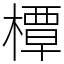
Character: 橝